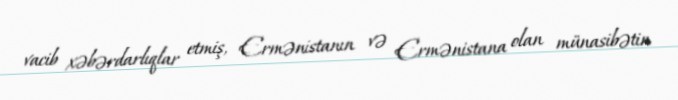
vacib xəbərdarlıqlar etmiş, Ermənistanın və Ermənistana olan münasibətin